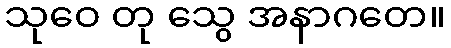
သုဝေ တု သွေ အနာဂတေ။